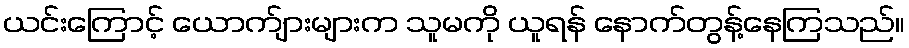
ယင်းကြောင့် ယောက်ျားများက သူမကို ယူရန် နောက်တွန့်နေကြသည်။